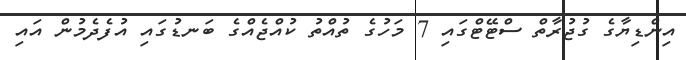
އިންޑިޔާގެ ގުޖުރާތް ސްޓޭޓްގައި 7 މަހުގެ ތުއްތު ކުއްޖެއްގެ ބަނޑުގައި އުފެދެމުން އައި